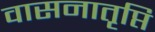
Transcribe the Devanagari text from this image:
वासनातृप्ति